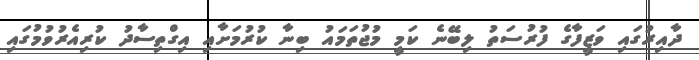
ދާއިރުގައި ވަޒީފާގެ ފުރުސަތު ލިބޭނެ ކަމީ މުޖުތަމައު ބިނާ ކުރުމަށާއި އިގްތިސާދު ކުރިއެރުވުމުގައި